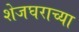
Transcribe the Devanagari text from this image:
शेजघराच्या